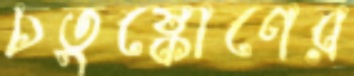
চতুষ্কোণের